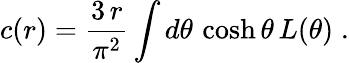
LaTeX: c(r)=\frac{3\, r}{\pi^{2}}\int d\theta\, \cosh\theta\, L(\theta)\; .